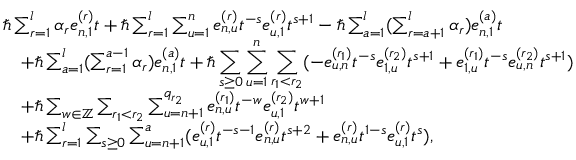
\begin{array} { r l } & { \hbar \sum _ { r = 1 } ^ { l } \alpha _ { r } e _ { n , 1 } ^ { ( r ) } t + \hbar \sum _ { r = 1 } ^ { l } \sum _ { u = 1 } ^ { n } e _ { n , u } ^ { ( r ) } t ^ { - s } e _ { u , 1 } ^ { ( r ) } t ^ { s + 1 } - \hbar \sum _ { a = 1 } ^ { l } ( \sum _ { r = a + 1 } ^ { l } \alpha _ { r } ) e _ { n , 1 } ^ { ( a ) } t } \\ & { \quad + \hbar \sum _ { a = 1 } ^ { l } ( \sum _ { r = 1 } ^ { a - 1 } \alpha _ { r } ) e _ { n , 1 } ^ { ( a ) } t + \hbar \displaystyle \sum _ { s \geq 0 } \displaystyle \sum _ { u = 1 } ^ { n } \sum _ { r _ { 1 } < r _ { 2 } } ( - e _ { u , n } ^ { ( r _ { 1 } ) } t ^ { - s } e _ { 1 , u } ^ { ( r _ { 2 } ) } t ^ { s + 1 } + e _ { 1 , u } ^ { ( r _ { 1 } ) } t ^ { - s } e _ { u , n } ^ { ( r _ { 2 } ) } t ^ { s + 1 } ) } \\ & { \quad + \hbar \sum _ { w \in \mathbb { Z } } \sum _ { r _ { 1 } < r _ { 2 } } \sum _ { u = n + 1 } ^ { q _ { r _ { 2 } } } e _ { n , u } ^ { ( r _ { 1 } ) } t ^ { - w } e _ { u , 1 } ^ { ( r _ { 2 } ) } t ^ { w + 1 } } \\ & { \quad + \hbar \sum _ { r = 1 } ^ { l } \sum _ { s \geq 0 } \sum _ { u = n + 1 } ^ { a } ( e _ { u , 1 } ^ { ( r ) } t ^ { - s - 1 } e _ { n , u } ^ { ( r ) } t ^ { s + 2 } + e _ { n , u } ^ { ( r ) } t ^ { 1 - s } e _ { u , 1 } ^ { ( r ) } t ^ { s } ) , } \end{array}